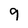
Character: 9